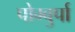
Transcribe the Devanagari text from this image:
पोम्बुर्पा